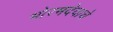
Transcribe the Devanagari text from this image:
भोरमदेवाचे